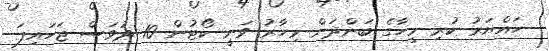
ހައްޔަރު ކުރި މީހާގެ ބަންދަށް މިހާރު ވަނީ ކޯޓުން 10 ދުވަސް ޖަހައިފަ